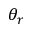
\theta _ { r }